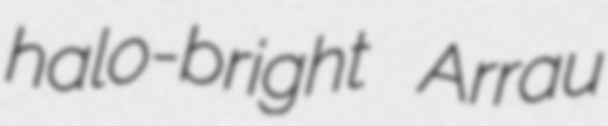
halo-bright Arrau